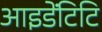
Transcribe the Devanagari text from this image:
आइडेंटिटि